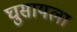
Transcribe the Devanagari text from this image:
घुसायला